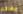
مهلكم